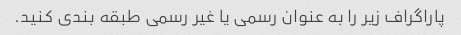
پاراگراف زیر را به عنوان رسمی یا غیر رسمی طبقه بندی کنید.